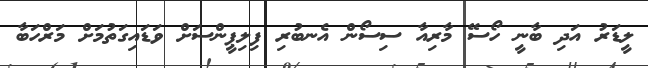
ލީޑަރު އަދި ބާނީ ހޯސޭ މާރިއާ ސިސޯން އެނބުރި ފިލިޕީންސަށް ވަޑައިގަތުމަށް މަރްހަބާ